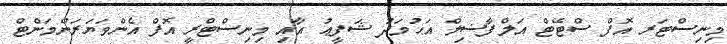
މިނިސްޓަރ އޮފް ސްޓޭޓް އަލްފާޟިލް އަޙުމަދު ޝަފީޢު އާއި މިނިސްޓްރީ އޮފް އެންވަޔަރަންމަންޓް